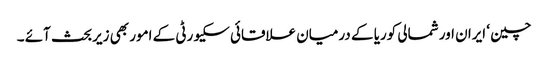
چین ‘ ایران اور شمالی کوریا کے درمیان علاقائی سکیورٹی کے امور بھی زیربحث آئے ۔